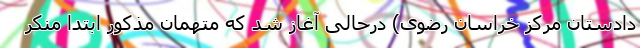
دادستان مرکز خراسان رضوی) درحالی آغاز شد که متهمان مذکور ابتدا منکر